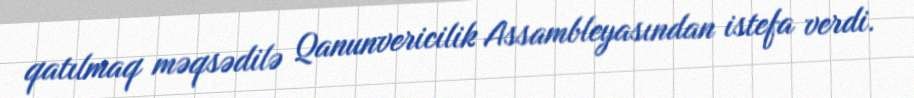
qatılmaq məqsədilə Qanunvericilik Assambleyasından istefa verdi.